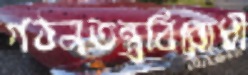
গঠনতন্ত্রবিরোধী